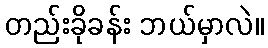
တည်းခိုခန်း ဘယ်မှာလဲ။